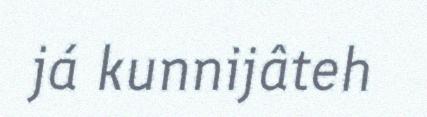
já kunnijâteh